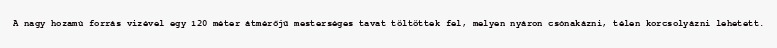
A nagy hozamú forrás vizével egy 120 méter átmérőjű mesterséges tavat töltöttek fel, melyen nyáron csónakázni, télen korcsolyázni lehetett.